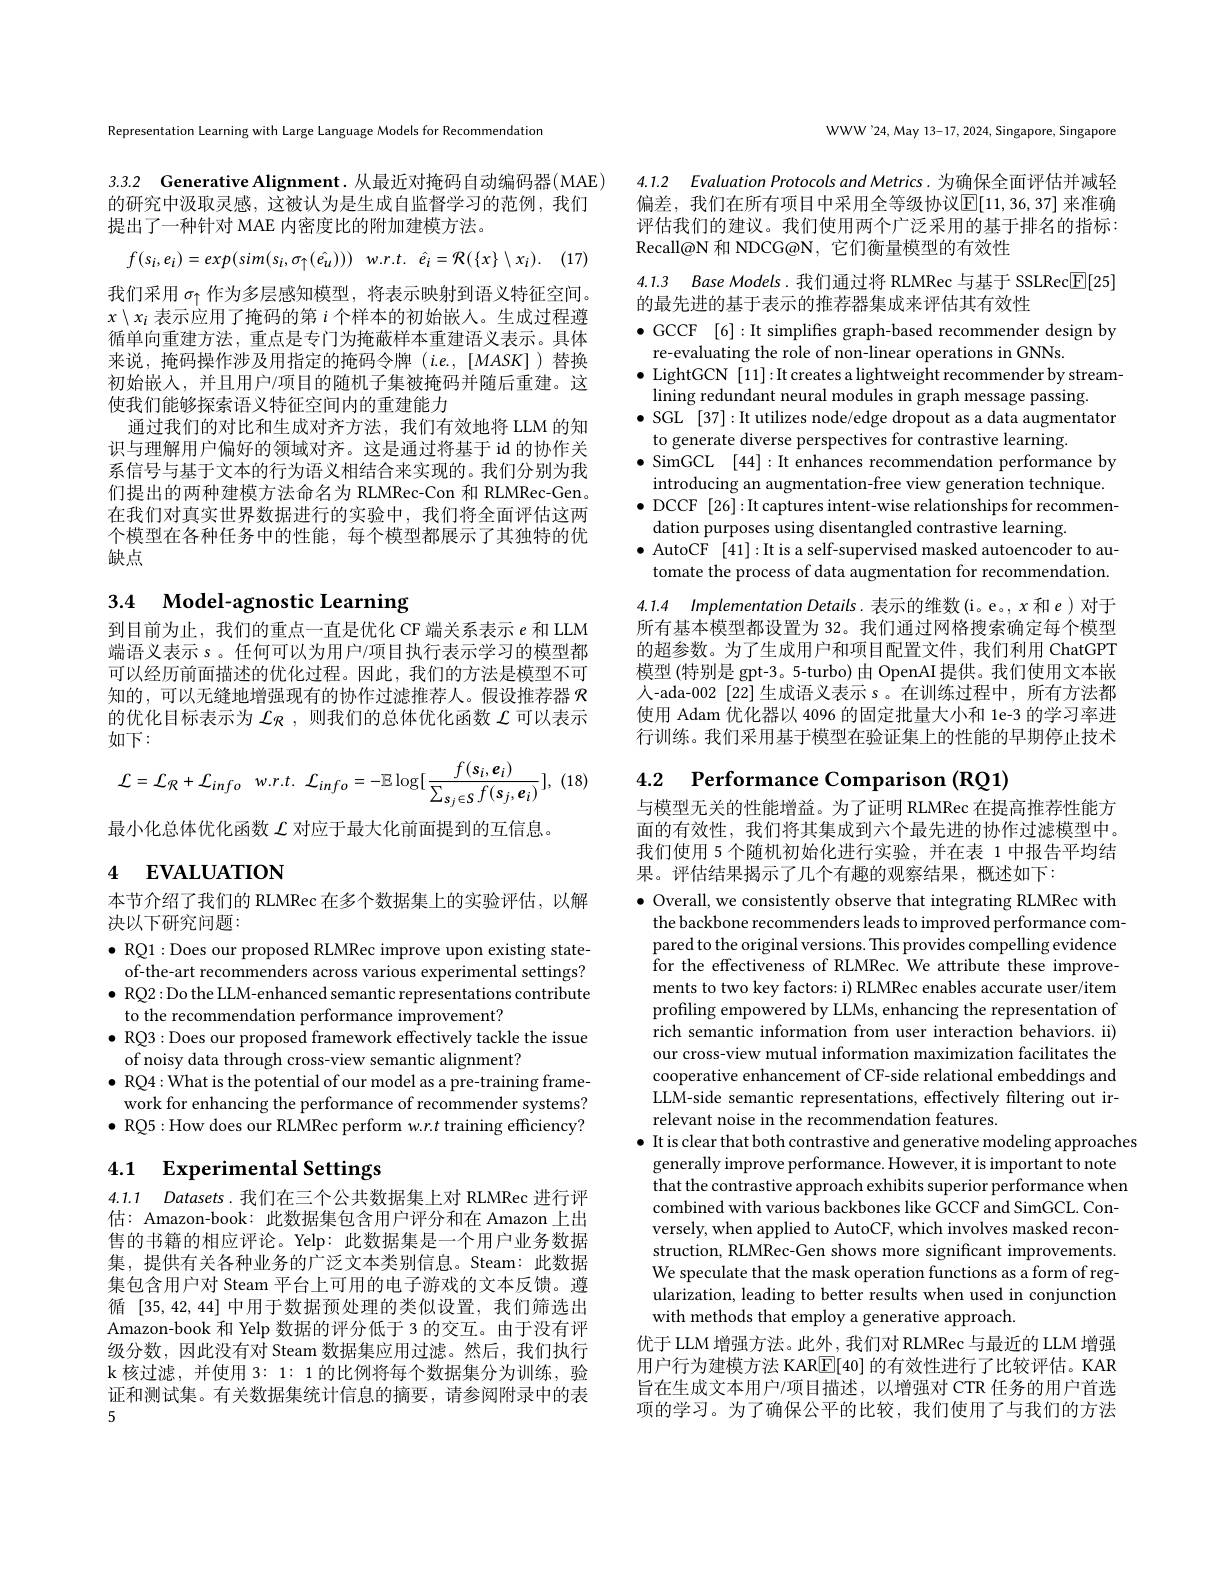
Representation Learning with Large Language Models for Recommendation

3.3.2 Generative Alignment.从最近对掩码自动编码器(MAE) 的研究中汲取灵感，这被认为是生成自监督学习的范例，我们提出了一种针对 MAE 内密度比的附加建模方法。
$$f(s_i,e_i)=exp(sim(s_i,\sigma_\uparrow(\hat{e_u})))\quad w.r.t.\quad\hat{e_i}=\mathcal{R}(\{x\}\setminus x_i).$$
我们采用$\sigma_\uparrow$作为多层感知模型，将表示映射到语义特征空间。$x\setminus x_i$表示应用了掩码的第$i$个样本的初始嵌人。生成过程遵循单向重建方法，重点是专门为掩蔽样本重建语义表示。具体来说，掩码操作涉及用指定的掩码令牌(i.e.,[MASK])替换初始嵌入，并且用户/项目的随机子集被掩码并随后重建。这使我们能够探索语义特征空间内的重建能力
通过我们的对比和生成对齐方法，我们有效地将 LLM 的知识与理解用户偏好的领域对齐。这是通过将基于 id 的协作关系信号与基于文本的行为语义相结合来实现的。我们分别为我们提出的两种建模方法命名为 RLMRec-Con 和 RLMRec-Gen。在我们对真实世界数据进行的实验中，我们将全面评估这两个模型在各种任务中的性能，每个模型都展示了其独特的优缺点

# 3.4 Model-agnostic Learning

到目前为止，我们的重点一直是优化 CF 端关系表示$e$和 LLM 端语义表示 s。任何可以为用户/项目执行表示学习的模型都可以经历前面描述的优化过程。因此，我们的方法是模型不可知的，可以无缝地增强现有的协作过滤推荐人。假设推荐器$\mathcal{R}$ 的优化目标表示为$\mathcal{L}_{\mathcal{R}}$ ,则我们的总体优化函数$\mathcal{L}$可以表示如下：
$$\mathcal{L}=\mathcal{L}_{\mathcal{R}}+\mathcal{L}_{info}\:w.r.t.\:\mathcal{L}_{info}=-\mathbb{E}\log[\frac{f(s_{i},e_{i})}{\sum_{s_{j}\in\mathcal{S}}f(s_{j},e_{i})}],$$
最小化总体优化函数$\mathcal{L}$对应于最大化前面提到的互信息。

# 4 EVALUATION

本节介绍了我们的 RLMRec 在多个数据集上的实验评估，以解
决以下研究问题：
$\bullet$ RQ1: Does our proposed RLMRec improve upon existing stateof-the-art recommenders across various experimental settings? $\bullet$ RQ2: Do the LLM-enhanced semantic representations contribute to the recommendation performance improvement?
$\bullet$ RQ3: Does our proposed framework effectively tackle the issue
of noisy data through cross-view semantic alignment?
$\bullet$ RQ4: What is the potential of our model as a pre-training framework for enhancing the performance of recommender systems? $\bullet$ RQ5:How does our RLMRec perform w.r.t training efficiency?

## 4.1 Experimental Settings

4.1.1 Datasets.我们在三个公共数据集上对 RLMRec 进行评估：Amazon-book: 此数据集包含用户评分和在 Amazon 上出售的书籍的相应评论。Yelp:此数据集是一个用户业务数据集，提供有关各种业务的广泛文本类别信息。Steam:此数据集包含用户对 Steam 平台上可用的电子游戏的文本反馈。遵循[35,42,44]中用于数据预处理的类似设置，我们筛选出Amazon-book 和 Yelp 数据的评分低于 3 的交互。由于没有评级分数，因此没有对 Steam 数据集应用过滤。然后，我们执行k核过滤，并使用 3: 1: 1 的比例将每个数据集分为训练，验证和测试集。有关数据集统计信息的摘要，请参阅附录中的表5

WWW'24,May 13-17, 2024, Singapore, Singapore

4.1.2 Evaluation Protocols and Metrics. 为确保全面评估并减轻

偏差，我们在所有项目中采用全等级协议$\mathbb{E}[11,36,37]$ 来准确评估我们的建议。我们使用两个广泛采用的基于排名的指标： Recall@N 和 NDCG@N, 它们衡量模型的有效性

4.1.3 Base Models. 我们通过将 RLMRec 与基于 SSLRec$\boxed{\mathrm{E}}[25]$

的最先进的基于表示的推荐器集成来评估其有效性

$\bullet$ GCCF [6]:It simplifies graph-based recommender design by
re-evaluating the role of non-linear operations in GNNs.
$\bullet$ LightGCN [11]:It creates a lightweight recommender by stream-
lining redundant neural modules in graph message passing.
$\bullet$ SGL [37]: It utilizes node/edge dropout as a data augmentator
to generate diverse perspectives for contrastive learning.
$\bullet$ SimGCL [44]:It enhances recommendation performance by introducing an augmentation-free view generation technique. $\bullet$ DCCF [26]:It captures intent-wise relationships for recommendation purposes using disentangled contrastive learning.
$\bullet$ AutoCF [41]:It is a self-supervised masked autoencoder to automate the process of data augmentation for recommendation.

4.1.4 $ImplementationDetails.$表示的维数(i。e。, $x$和$e$ )对于所有基本模型都设置为 32。我们通过网格搜索确定每个模型的超参数。为了生成用户和项目配置文件，我们利用 ChatGPT 模型 (特别是 gpt-3。5-turbo) 由 OpenAI 提供。我们使用文本嵌人-ada-002[22]生成语义表示 s。在训练过程中，所有方法都使用 Adam 优化器以 4096 的固定批量大小和 1e-3 的学习率进行训练。我们采用基于模型在验证集上的性能的早期停止技术

4.2 Performance Comparison (RQ1)

与模型无关的性能增益。为了证明 RLMRec 在提高推荐性能方面的有效性，我们将其集成到六个最先进的协作过滤模型中。我们使用 5 个随机初始化进行实验，并在表 1 中报告平均结果。评估结果揭示了几个有趣的观察结果，概述如下：

$\bullet$ Overall, we consistently observe that integrating RLMRec with the backbone recommenders leads to improved performance compared to the original versions. This provides compelling evidence for the effectiveness of RLMRec. We attribute these improvements to two key factors: i) RLMRec enables accurate user/item profiling empowered by LLMs, enhancing the representation of rich semantic information from user interaction behaviors. ii) our cross-view mutual information maximization facilitates the cooperative enhancement of CF-side relational embeddings and LLM-side semantic representations, effectively filtering out irrelevant noise in the recommendation features.
$\bullet$ It is clear that both contrastive and generative modeling approaches
generally improve performance. However, it is important to note that the contrastive approach exhibits superior performance when combined with various backbones like GCCF and SimGCL. Conversely, when applied to AutoCF, which involves masked reconstruction, RLMRec-Gen shows more significant improvements. We speculate that the mask operation functions as a form of regularization, leading to better results when used in conjunction with methods that employ a generative approach.
优于 LLM 增强方法。此外，我们对 RLMRec 与最近的 LLM 增强用户行为建模方法 KAR$\underline{\mathrm{E}}[40]$的有效性进行了比较评估。KAR 旨在生成文本用户/项目描述，以增强对 CTR 任务的用户首选项的学习。为了确保公平的比较，我们使用了与我们的方法